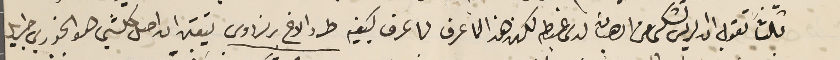
ثالثاً تقول ان الريس تشكى من الرهبان لدى غبطه لكن هذا لما عرف لما عرف كيفيه طرد الاخ برنردوس يتعين ان اصل كلشي هو الخوري جبرايل